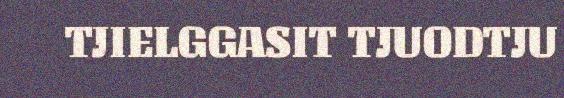
TJIELGGASIT TJUODTJU